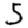
Digit: 5